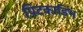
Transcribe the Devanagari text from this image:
पिटकाडिंभ